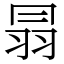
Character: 𦐇